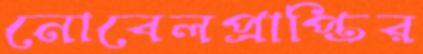
নোবেলপ্রাপ্তির